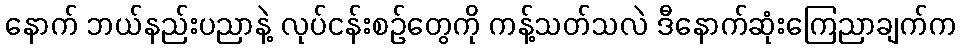
နောက် ဘယ်နည်းပညာနဲ့ လုပ်ငန်းစဉ်တွေကို ကန့်သတ်သလဲ ဒီနောက်ဆုံးကြေညာချက်က